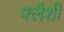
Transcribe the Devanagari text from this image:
फ्लैशी